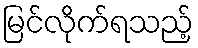
မြင်လိုက်ရသည့်